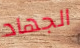
الجهاد